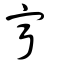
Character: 寍